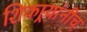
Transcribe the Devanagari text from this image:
शिकार्‍यांनीच